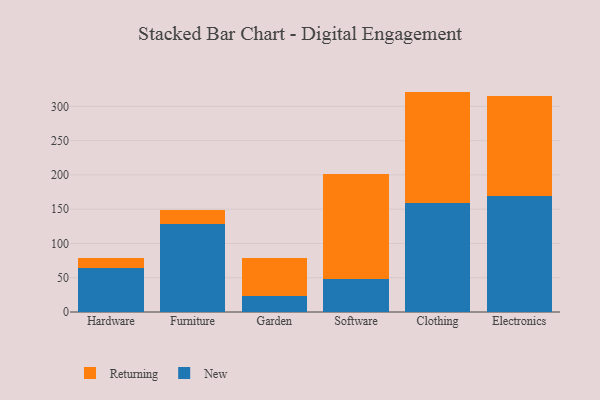
{"axis": {"x": "Category", "y": "Operating Costs (USD K)"}, "legend": ["New", "Returning"], "data": [{"x": "Hardware", "y": 64.6, "type": "New"}, {"x": "Hardware", "y": 14.3, "type": "Returning"}, {"x": "Furniture", "y": 129.0, "type": "New"}, {"x": "Furniture", "y": 20.0, "type": "Returning"}, {"x": "Garden", "y": 23.9, "type": "New"}, {"x": "Garden", "y": 55.6, "type": "Returning"}, {"x": "Software", "y": 48.2, "type": "New"}, {"x": "Software", "y": 153.2, "type": "Returning"}, {"x": "Clothing", "y": 159.7, "type": "New"}, {"x": "Clothing", "y": 161.8, "type": "Returning"}, {"x": "Electronics", "y": 169.2, "type": "New"}, {"x": "Electronics", "y": 145.9, "type": "Returning"}]}